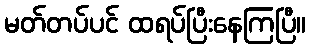
မတ်တပ်ပင် ထရပ်ပြီးနေကြပြီ။